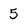
Character: 5